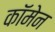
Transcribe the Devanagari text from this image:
कॉमेन